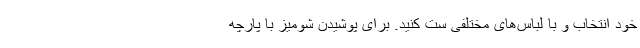
خود انتخاب و با لباس‌های مختلفی ست کنید. برای پوشیدن شومیز با پارچه